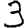
Digit: 3